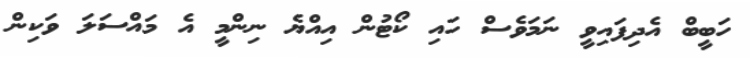
ހަބީބް އެދިފައިވީ ނަމަވެސް ހައި ކޯޓުން އިއްޔެ ނިންމީ އެ މައްސަލަ ވަކިން